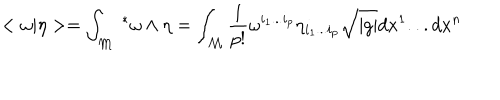
< \omega | \eta > = \int _ { \mathcal { M } } \ ^ { * } \omega \wedge \eta = \int _ { \mathcal { M } } \frac { 1 } { p ! } \omega ^ { i _ { 1 } . . . i _ { p } } \eta _ { i _ { 1 } . . . i _ { p } } \sqrt { | g | } d x ^ { 1 } . . . d x ^ { n }